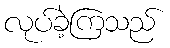
လုပ်ခဲ့ကြသည်